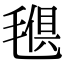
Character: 𣯒